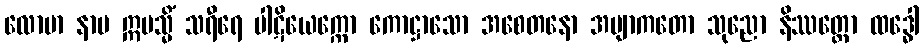
လောမာ နာမ ဣမသ္မိံ သရီရေ ပါဋိယေက္ကော ကောဋ္ဌာသော အစေတနော အဗျာကတော သုညော နိဿတ္တော ထဒ္ဓေါ